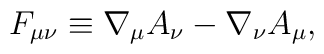
F_{\mu \nu} \equiv \nabla_{\mu}A_{\nu}-\nabla_{\nu}A_{\mu} ,